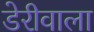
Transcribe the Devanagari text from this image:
डेरीवाला